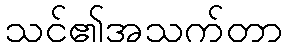
သင်၏အသက်တာ